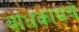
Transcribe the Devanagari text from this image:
बांधकामचे